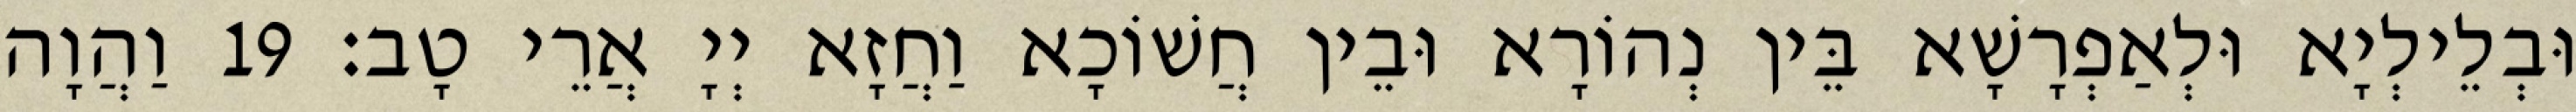
וּבְלֵילְיָא וּלְאַפְרָשָׁא בֵּין נְהוֹרָא וּבֵין חֲשׁוֹכָא וַחֲזָא יְיָ אֲרֵי טָב׃ 19 וַהֲוָה